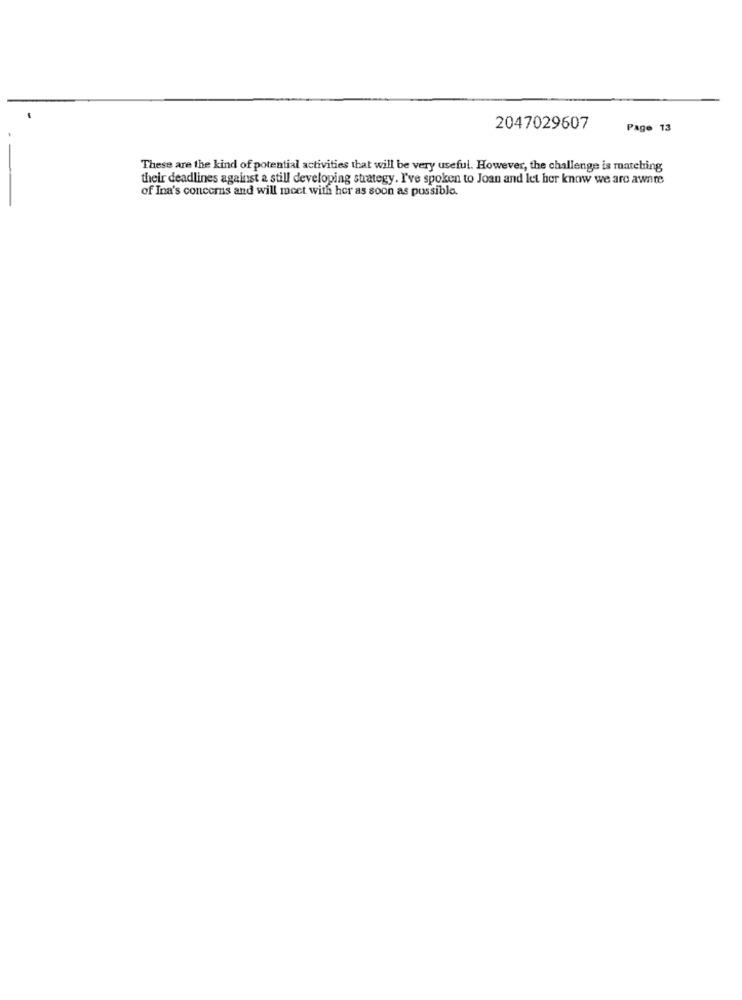
2047029607
Page 13
These are the kind of potential activities that will be very useful. However, the challenge is matching
their deadlines against a still developing strategy. I've spoken to Joan and let her know we are aware
of Ina's concerns and will meet with her as soon as possible.